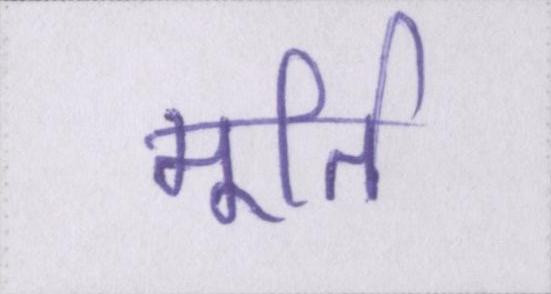
मूर्ति